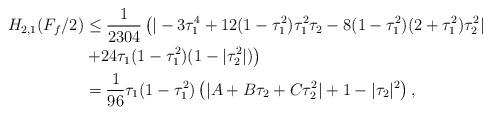
LaTeX: \begin{align*} H_{2,1}(F_{f}/2)&\leq\frac{1}{2304}\left(|-3\tau^4_{1} +12(1-\tau^2_{1})\tau^2_{1}\tau_{2}-8(1-\tau^2_{1})(2+\tau^2_{1})\tau^2_{2}| \right.\\&\left.+24\tau_{1}(1-\tau^2_{1})(1-|\tau^2_{2}|)\right)\\&=\frac{1}{96}\tau_{1}(1-\tau^2_{1})\left(|A+B\tau_{2}+C\tau^2_{2}| +1 -|\tau_{2}|^2\right),\end{align*}